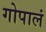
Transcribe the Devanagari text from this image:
गोपालं